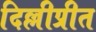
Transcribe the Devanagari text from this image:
दिल्लीप्रीत